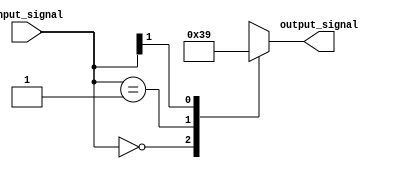
module casez_block (
    input [1:0] input_signal,
    output reg [1:0] output_signal
);

always @ (*)
begin
    casez(input_signal)
        2'b00: output_signal = 2'b11;
        2'b01: output_signal = 2'b10;
        2'b1?: output_signal = 2'b01;
        default: output_signal = 2'b00;
    endcase
end

endmodule